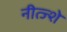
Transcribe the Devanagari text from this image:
नीत्ज्शे